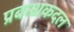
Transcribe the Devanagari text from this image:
प्रबन्धकदल